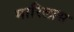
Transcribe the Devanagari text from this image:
मारिलास